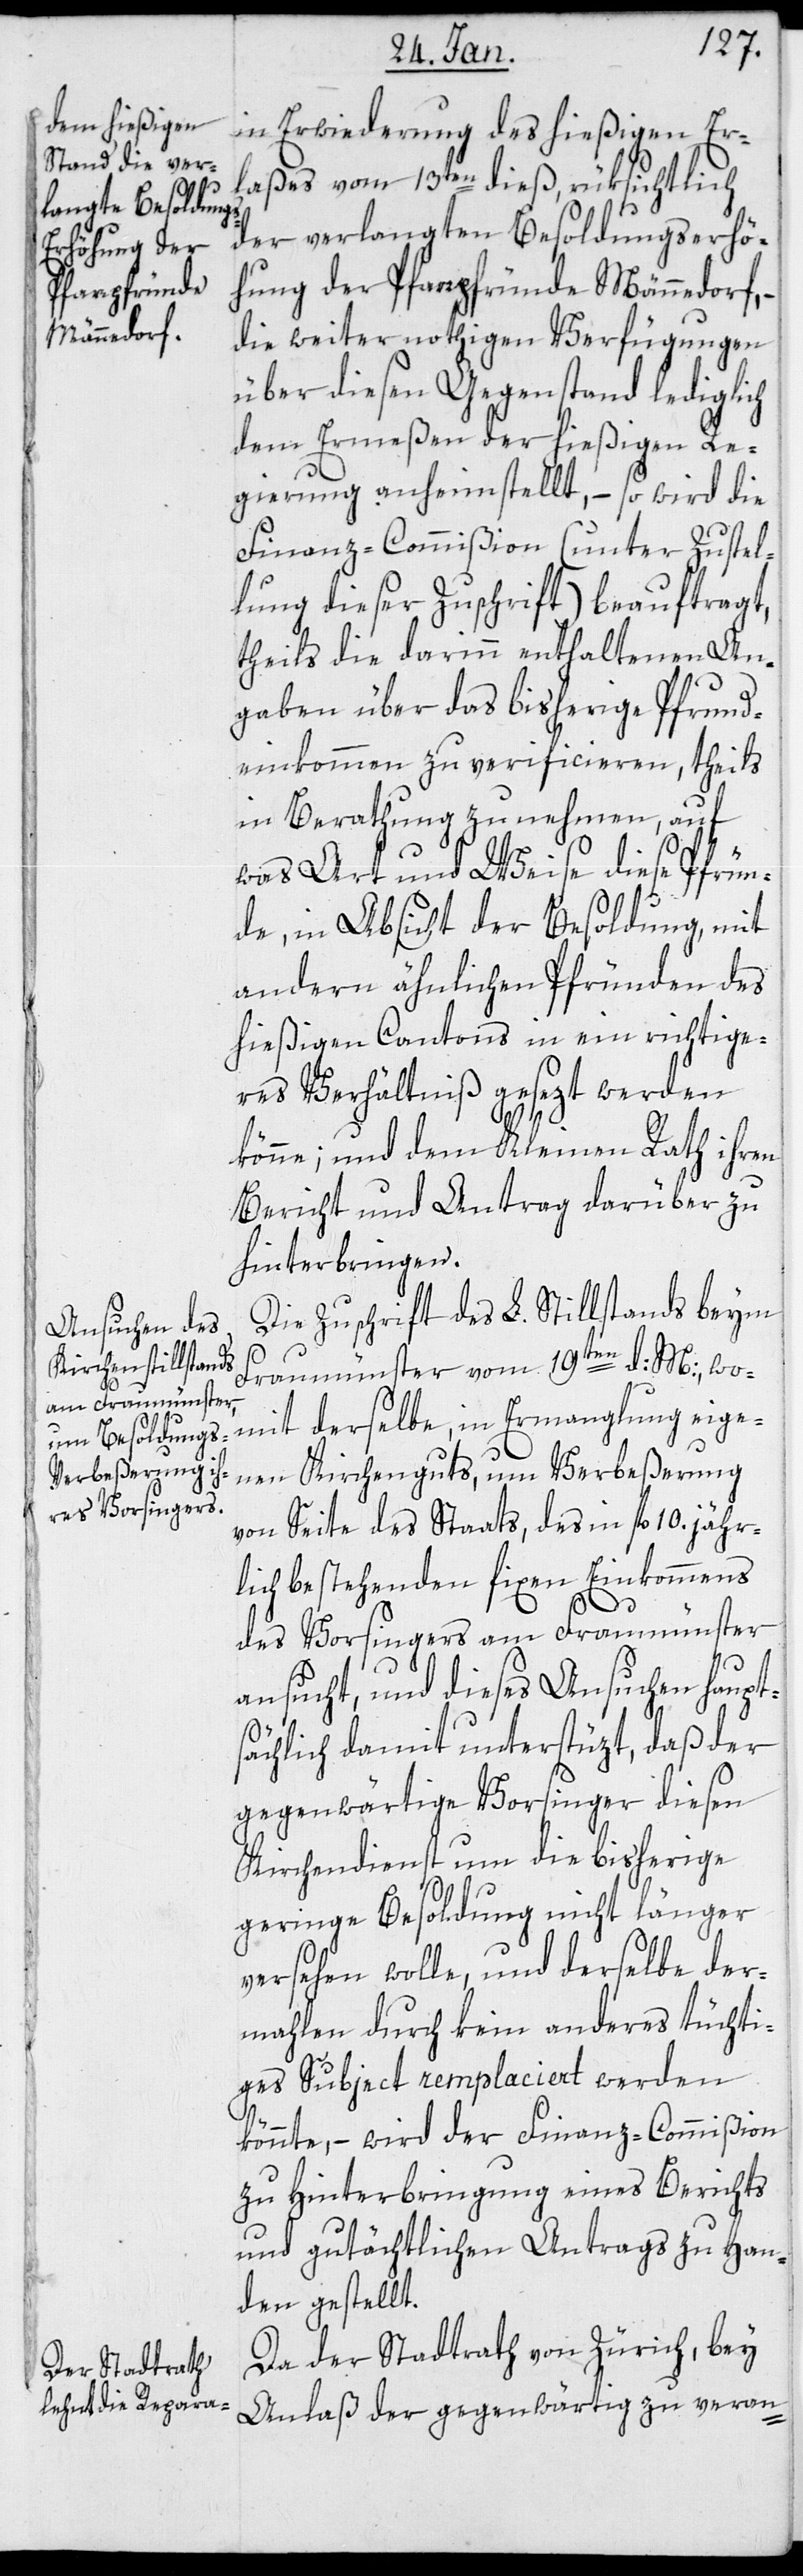
in Erwiderung des hießigen Er¬
laßes vom 13ten dieß, rüksichtlich
der verlangten Besoldungserhö¬
hung der Pfarrpfründe Männedorf,
die weiter nothigen Verfügungen
über diesen Gegenstand lediglich
dem Ermeßen der hießigen Re¬
gierung anheimstellt, – so wird die
Finanz-Commißion (unter Zustel¬
lung dieser Zuschrift) beauftragt,
theils die darin enthaltenen An¬
gaben über das bisherige Pfrund¬
einkommen zu verificieren, theils
in Berathung zu nehmen, auf
was Art und Weise diese Pfrün¬
de, in Absicht der Besoldung, mit
andern ähnlichen Pfründen des
hießigen Cantons in ein richtige¬
res Verhältnis gesetzt werden
könne; und dem Kleinen Rath ihren
Bericht und Antrag darüber zu
hinterbringen.
Die Zuschrift des L. Stillstands beim
Fraumünster vom 19ten d: M:, wo¬
mit derselbe in Ermanglung eige¬
nen Kirchenguts, um Verbeßerung
von Seite des Staats, des in fl. 10. jähr¬
lich bestehenden fixen Einkommens
des Vorsingers am Fraumünster
ansucht, und dieses Ansuchen haupts¬
ächlich damit unterstützt, daß der
gegenwärtige Vorsinger diesen
Kirchendienst um die bisherige
geringe Besoldung nicht länger
versehen wolle, und derselbe der¬
mahlen durch kein anderes tüchti¬
ges Subject remplaciert werden
könnte, – wird der Finanz-Commißion
zu Hinterbringung eines Berichts
und gutächtlichen Antrags zu Han¬
den gestellt.
Da der Stadtrath von Zürich, bey
Anlaß der gegenwärtig zu veran-